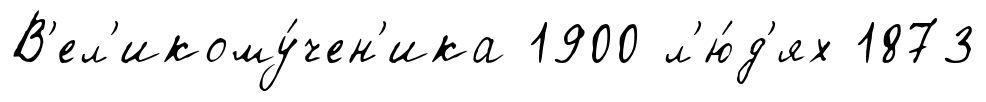
В'ел'икому́чен'ика 1900 л'ю́д'ях 1873